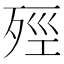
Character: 殌